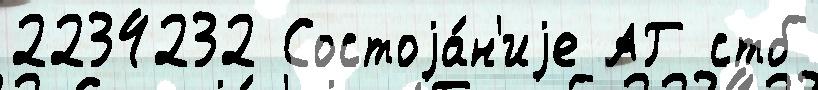
2234232 Состоjа́н'иjе АГ стб